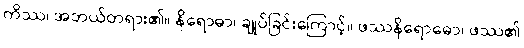
ကိဿ၊ အဘယ်တရား၏။ နိရောဓာ၊ ချုပ်ခြင်းကြောင့်။ ဖဿနိရောဓော၊ ဖဿ၏